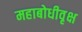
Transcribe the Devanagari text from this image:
महाबोधीवृक्ष